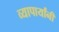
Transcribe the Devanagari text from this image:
व्यापार्यांनी